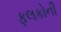
ફલકોની